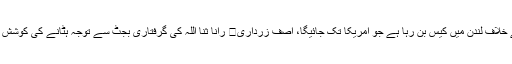
اعلیٰ شخصیت کے خلاف لندن میں کیس بن رہا ہے جو امریکا تک جائیگا، آصف زرداری	 رانا ثنا اللہ کی گرفتاری بجٹ سے توجہ ہٹانے کی کوشش ہے، شہباز شریف